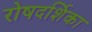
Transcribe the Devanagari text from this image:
रोषदर्शिका